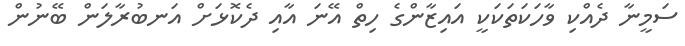
ސަމީނާ ދެއްކި ވާހަކަތަކަކީ އައިޒާންގެ ހިތް އޭނަ އާއި ދެކޮޅަށް އަނބުރާލަން ބޭނުން